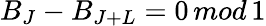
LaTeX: B_{J}-B_{J+L}=0\, mod\, 1